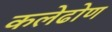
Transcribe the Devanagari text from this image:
कलेढोण